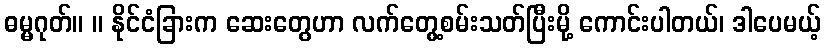
ဓမ္မဂုတ်။ ။ နိုင်ငံခြားက ဆေးတွေဟာ လက်တွေ့စမ်းသတ်ပြီးမို့ ကောင်းပါတယ်၊ ဒါပေမယ့်